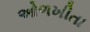
ઓળખીતા